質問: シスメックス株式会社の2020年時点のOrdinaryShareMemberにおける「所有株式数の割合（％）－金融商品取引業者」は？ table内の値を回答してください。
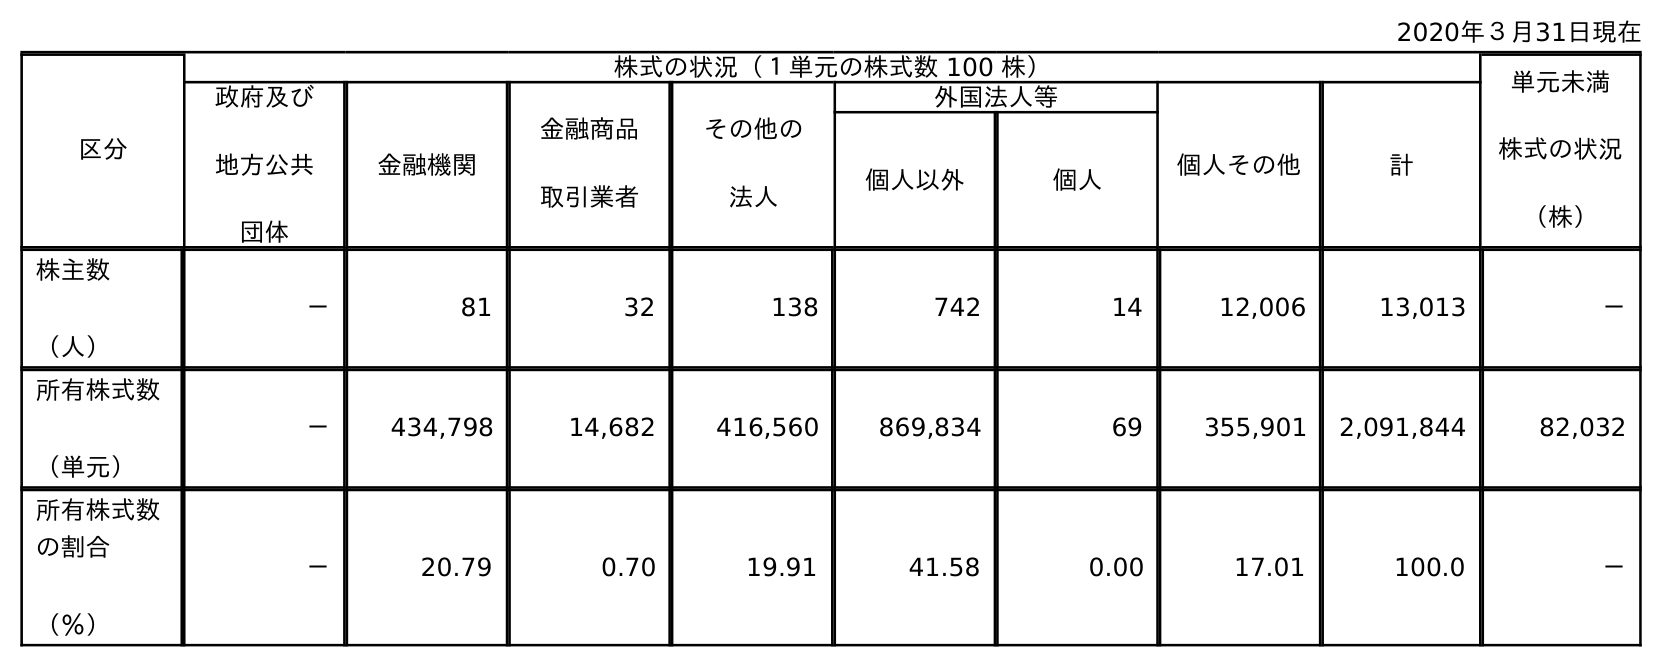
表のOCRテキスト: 2020年３月31日現在 区分 株式の状況（１単元の株式数 100 株） 単元未満 株式の状況 （株） 政府及び 地方公共 団体 金融機関 金融商品 取引業者 その他の 法人 外国法人等 個人その他 計 個人以外 個人 株主数 （人） － 81 32 138 742 14 12,006 13,013 － 所有株式数 （単元） － 434,798 14,682 416,560 869,834 69 355,901 2,091,844 82,032 所有株式数 の割合 （％） － 20.79 0.70 19.91 41.58 0.00 17.01 100.0 －
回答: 0.70